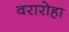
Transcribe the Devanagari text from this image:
वरारोहा